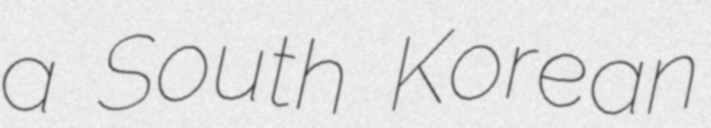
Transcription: a South Korean